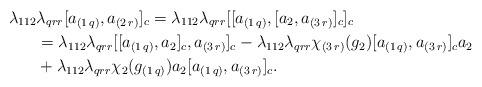
LaTeX: \begin{align*}\lambda_{112} &\lambda_{qrr}[a_{(1\,q)},a_{(2\,r)}]_c=\lambda_{112} \lambda_{qrr}[[a_{(1\,q)},[a_2,a_{(3\,r)}]_c]_c\\&=\lambda_{112} \lambda_{qrr}[[a_{(1\,q)},a_2]_c,a_{(3\,r)}]_c -\lambda_{112} \lambda_{qrr}\chi_{(3\,r)}(g_{2})[a_{(1\,q)},a_{(3\,r)}]_ca_2\\&+\lambda_{112} \lambda_{qrr}\chi_{2}(g_{(1\,q)})a_2[a_{(1\,q)},a_{(3\,r)}]_c.\end{align*}